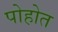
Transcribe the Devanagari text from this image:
पोहोत